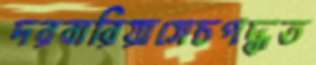
দরবারিয়াসেচপদ্ধত